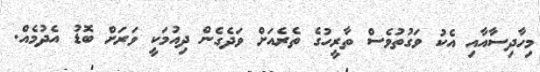
މިހާދިސާއާއި އެކު ވަގުތުވެސް ތާރީހުގެ ތެރެއަށް ވަދެގެން ދިއުމަކީ ވަރަށް ބޮޑު އެދުމެއް.